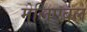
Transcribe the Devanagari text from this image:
मेलिएबल